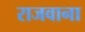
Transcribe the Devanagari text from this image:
राजवाना